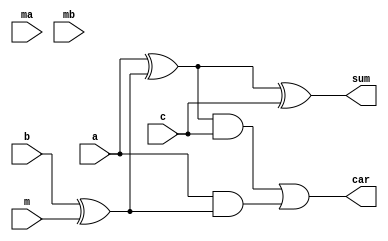
module add_sub_1_bit (a,b,c,ma,mb,m,sum,car);

input a,b,c,ma,mb,m;
output sum,car;

wire w1,w2,w3,w4,w5,w6,w7;

xor xor3(w3,b,m);
xor xor4(w4,a,w3);
xor xor5(sum,w4,c);
and and1(w5,a,w3);
and and2(w6,w4,c);
or or1(car,w6,w5);
    
endmodule